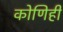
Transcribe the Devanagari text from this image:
कोणिही